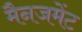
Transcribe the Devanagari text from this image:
मैनजमेंट